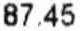
87.45